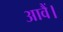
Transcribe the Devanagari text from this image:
आवैं।